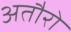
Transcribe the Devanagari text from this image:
अतौरो